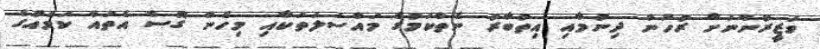
ވަޒީރުންނަށް ރުހުން ދިނުމާއި އިތުބާރު ނެތްކަމުގެ މައްސަލަތަކާއި މިހެން ގޮސް އެތައް ކަމެއްގެ